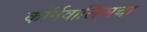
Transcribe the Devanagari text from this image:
कॉर्नवालिसचा